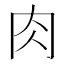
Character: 肉